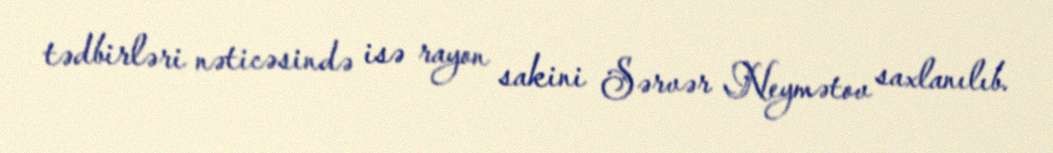
tədbirləri nəticəsində isə rayon sakini Sərvər Neymətov saxlanılıb.